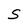
Character: S